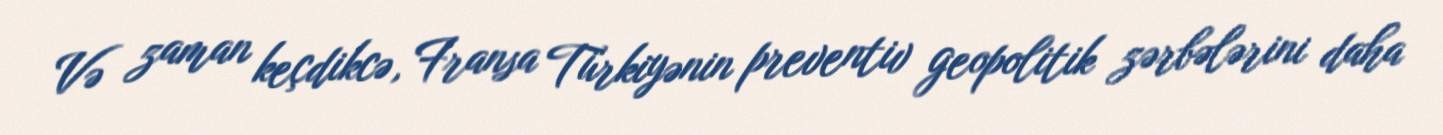
Və zaman keçdikcə, Fransa Türkiyənin preventiv geopolitik zərbələrini daha